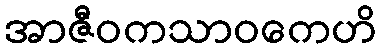
အာဇီဝကသာဝကေဟိ